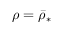
\rho = \bar { \rho } _ { * }